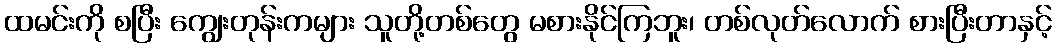
ထမင်းကို စပြီး ကျွေးတုန်းကများ သူတို့တစ်တွေ မစားနိုင်ကြဘူး၊ တစ်လုတ်လောက် စားပြီးတာနှင့်